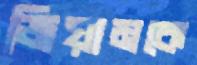
জিয়ামকে